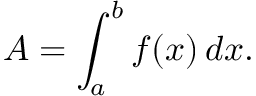
A = \int _ { a } ^ { b } f ( x ) \, d x .